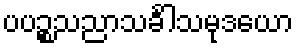
ပပဉ္စသညာသင်္ခါသမုဒယော